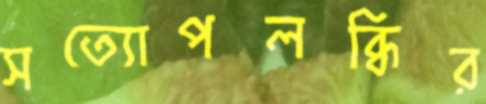
সত্যোপলব্ধির